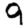
Digit: 9